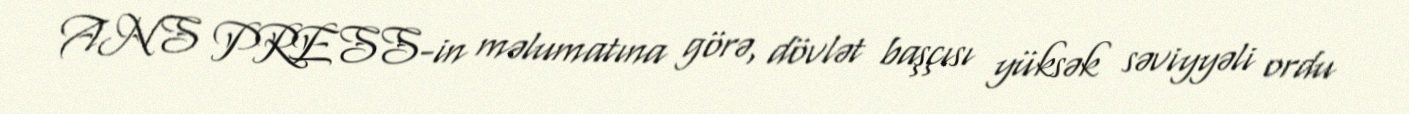
ANS PRESS-in məlumatına görə, dövlət başçısı yüksək səviyyəli ordu